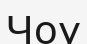
Чоу